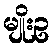
မျိုးဥ